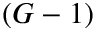
( G - 1 )